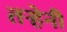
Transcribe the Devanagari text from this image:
तऱ्हेनी